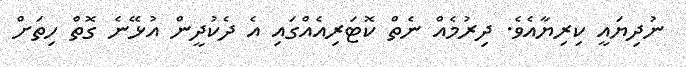
ނުދިޔައީ ކިރިޔާއެވެ. ދިރުމެއް ނެތް ކޮޓަރިއެއްގައި އެ ދެކުދީން އުޅޭނެ ގޮތް ހިތަށް